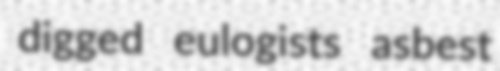
digged eulogists asbest